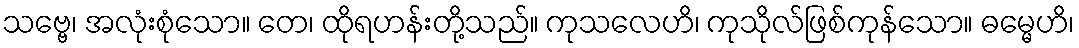
သဗ္ဗေ၊ အလုံးစုံသော။ တေ၊ ထိုရဟန်းတို့သည်။ ကုသလေဟိ၊ ကုသိုလ်ဖြစ်ကုန်သော။ ဓမ္မေဟိ၊